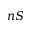
n S